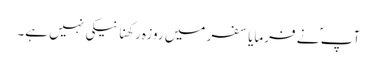
آپ ؐ نے فرمایا سفر میں روزہ رکھنا نیکی نہیں ہے۔